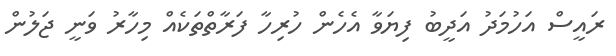
ރައީސް އަހުމަދު އަދީބު ފިޔަވާ އެހެން ހުރިހާ ފަރާތްތަކެއް މިހާރު ވަނީ ޖަލުން